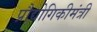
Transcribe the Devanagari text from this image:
प्रौद्योगिकीमंत्री